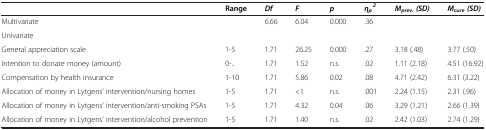
<table><thead><tr><td><b> </b></td><td><b>Range</b></td><td><b><i>Df</i></b></td><td><b><i>F</i></b></td><td><b><i>p</i></b></td><td><b><i>η</i><sub><i>p</i></sub><sup><i>2</i></sup></b></td><td><b><i>M</i><sub><i>prev. </i></sub><i>(SD)</i></b></td><td><b><i>M</i><sub><i>cure </i></sub><i>(SD)</i></b></td></tr></thead><tbody><tr><td>Multivariate</td><td> </td><td>6.66</td><td>6.04</td><td>0.000</td><td>.36</td><td> </td><td> </td></tr><tr><td>Univariate</td><td> </td><td> </td><td> </td><td> </td><td> </td><td> </td><td> </td></tr><tr><td>General appreciation scale</td><td>1-5</td><td>1.71</td><td>26.25</td><td>0.000</td><td>.27</td><td>3.18 (.48)</td><td>3.77 (.50)</td></tr><tr><td>Intention to donate money (amount)</td><td>0-..</td><td>1.71</td><td>1.52</td><td>n.s.</td><td>.02</td><td>1.11 (2.18)</td><td>4.51 (16.92)</td></tr><tr><td>Compensation by health insurance</td><td>1-10</td><td>1.71</td><td>5.86</td><td>0.02</td><td>.08</td><td>4.71 (2.42)</td><td>6.31 (3.22)</td></tr><tr><td>Allocation of money in Lytgens’ intervention/nursing homes</td><td>1-5</td><td>1.71</td><td>&lt;1</td><td>n.s.</td><td>.001</td><td>2.24 (1.15)</td><td>2.31 (.96)</td></tr><tr><td>Allocation of money in Lytgens’ intervention/anti-smoking PSAs</td><td>1-5</td><td>1.71</td><td>4.32</td><td>0.04</td><td>.06</td><td>3.29 (1.21)</td><td>2.66 (1.39)</td></tr><tr><td>Allocation of money in Lytgens’ intervention/alcohol prevention</td><td>1-5</td><td>1.71</td><td>1.40</td><td>n.s.</td><td>.02</td><td>2.42 (1.03)</td><td>2.74 (1.29)</td></tr></tbody></table>